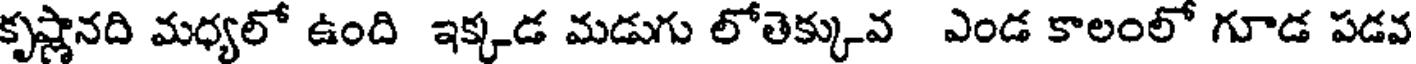
కృష్ణానది మధ్యలో ఉంది ఇక్కడ మడుగు లోతెక్కువ ఎండ కాలంలో గూడ పడవ